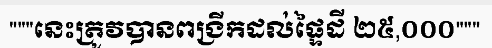
"""នេះត្រូវបានពង្រីកដល់ផ្ទៃដី ២៥,០០០"""